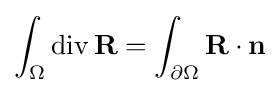
\int _{\Omega }\operatorname {div} \mathbf {R} =\int _{\partial \Omega }\mathbf {R} \cdot \mathbf {n}